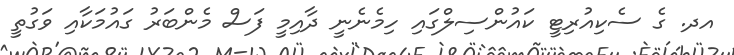
އދ. ގެ ސެކިއުރިޓީ ކައުންސިލްގައި ހިމެނެނީ ދާއިމީ ފަސް މެންބަރު ގައުމަކާއި ވަގުތީ